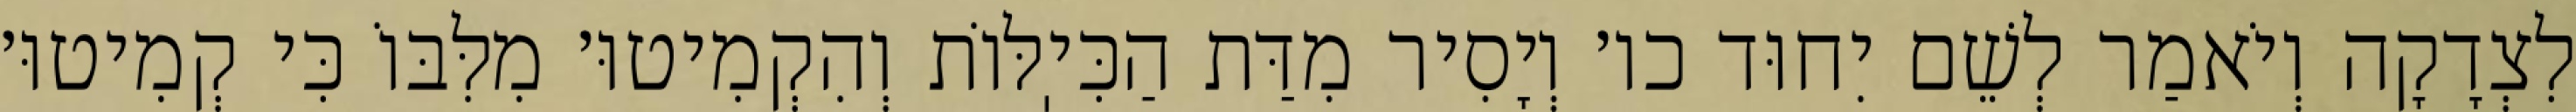
לִצְדָקָה וְיֹאמַר לְשֵׁם יִחוּד כו׳ וְיָסִיר מִדַּת הַכִּיֽלּוֹת וְהִקְמִיטוּ׳ מִלִּבּוֹ כִּי קְמִיטוּ׳